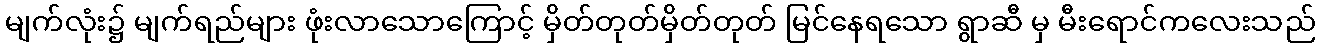
မျက်လုံး၌ မျက်ရည်များ ဖုံးလာသောကြောင့် မှိတ်တုတ်မှိတ်တုတ် မြင်နေရသော ရွာဆီ မှ မီးရောင်ကလေးသည်